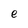
Character: e